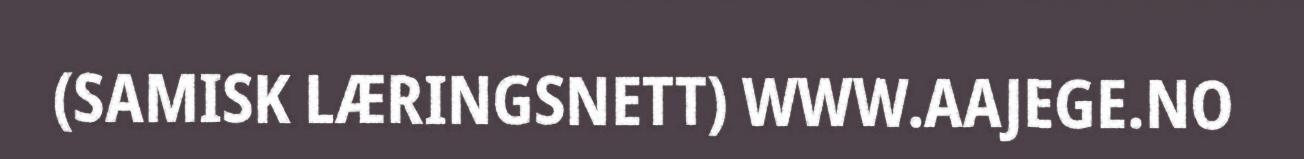
(SAMISK LÆRINGSNETT) WWW.AAJEGE.NO